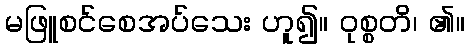
မဖြူစင်စေအပ်သေး ဟူ၍။ ဝုစ္စတိ၊ ၏။